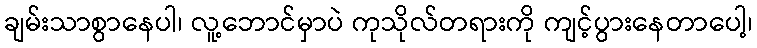
ချမ်းသာစွာနေပါ၊ လူ့ဘောင်မှာပဲ ကုသိုလ်တရားကို ကျင့်ပွားနေတာပေါ့၊